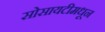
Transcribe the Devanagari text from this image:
सोसायटीमधून